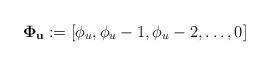
LaTeX: \begin{align*}\mathbf{\Phi_u} := [\phi_u, \phi_u-1, \phi_u-2, \ldots, 0]\end{align*}